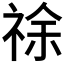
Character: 𰨂